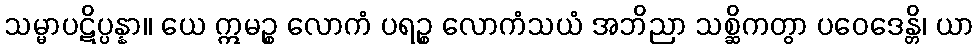
သမ္မာပဋိပ္ပန္နာ။ ယေ ဣမဉ္စ လောကံ ပရဉ္စ လောကံသယံ အဘိညာ သစ္ဆိကတွာ ပဝေဒေန္တိ၊ ယာ